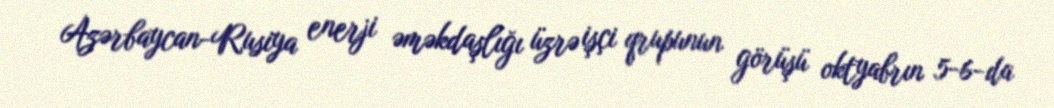
Azərbaycan-Rusiya enerji əməkdaşlığı üzrə işçi qrupunun görüşü oktyabrın 5-6-da